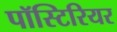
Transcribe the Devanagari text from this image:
पॉस्टिरियर